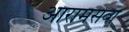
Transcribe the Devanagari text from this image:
आरामसेवा